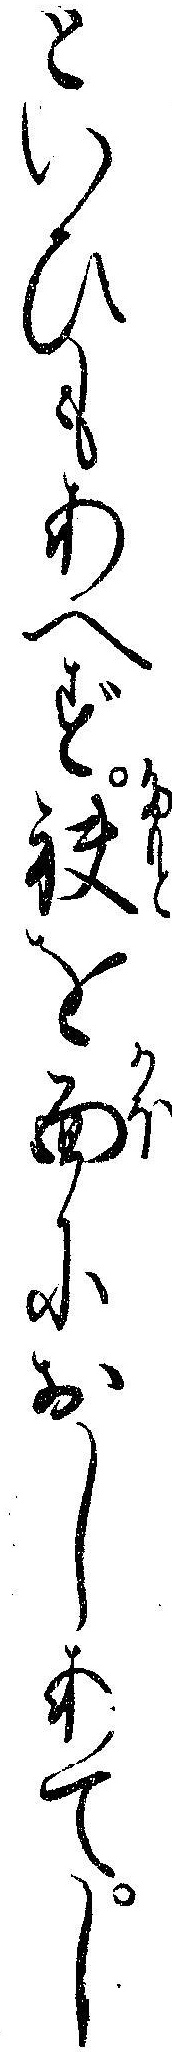
といひもあへず袂を面におしあてし